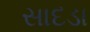
સાદડા